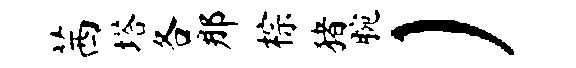
茜塔各那棕猪腕）